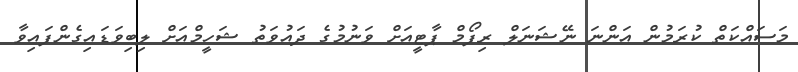
މަސައްކަތް ކުރަމުން އަންނަ ނޭޝަނަލް ރިފޯމް ޕާޓީއަށް ވަނުމުގެ ދައުވަތު ޝަހީމްއަށް ލިބިވަޑައިގެންފައިވާ